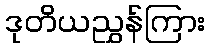
ဒုတိယညွှန်ကြား